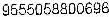
9555058800696